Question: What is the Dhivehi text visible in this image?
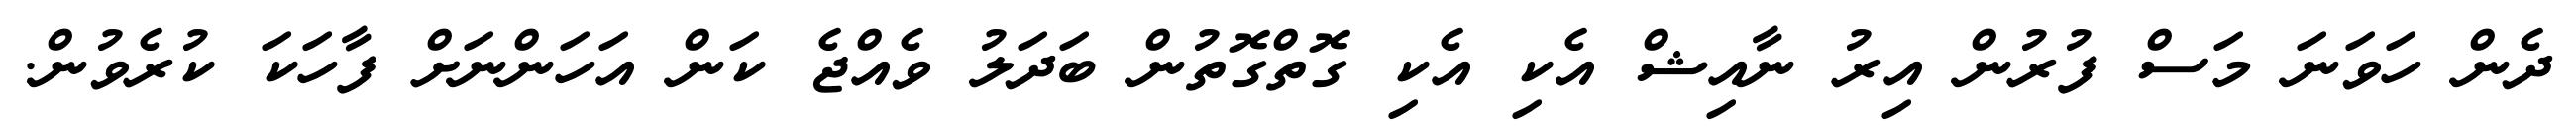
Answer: ދެން ހަވަނަ މަސް ފުރުން އިރު ނާއިޝް އެކި އެކި ގޮތްގޮތުން ބަދަލު ވެއްޖެ ކަން އަހަންނަށް ފާހަކަ ކުރެވުން.